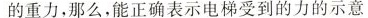
的重力，那么，能正确表示电梯受到的力的示意